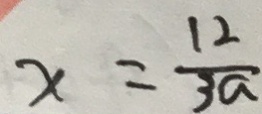
x = \frac { 1 2 } { 3 a }